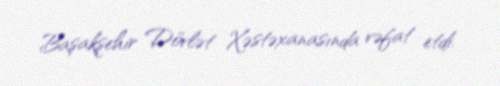
Başakşehir Dövlət Xəstəxanasında vəfat etdi.